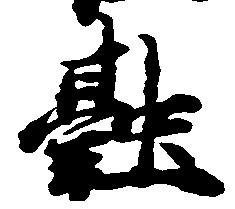
融